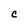
Character: c